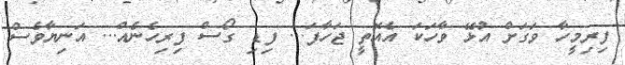
ފިރިމީހާ ވަގަށް އުޅޭ ވާހަކަ އެއޮތީ ޖަހާފަ... ފިޑި ގޯސް ފިރިހެނެއް... އަނިޔާވެސް